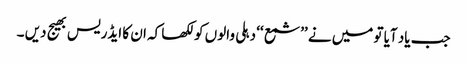
جب یاد آیا تو میں نے ’’شمع ‘‘ دہلی والوں کو لکھا کہ ان کا ایڈریس بھیج دیں ۔